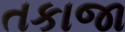
તકાજા